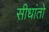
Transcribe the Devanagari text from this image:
सीधांतो